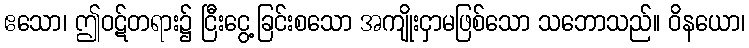
ဧသော၊ ဤဝဋ်တရား၌ ငြီးငွေ့ခြင်းစသော အကျိုးငှာမဖြစ်သော သဘောသည်။ ဝိနယော၊